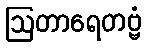
ဩတာရေတဗ္ဗံ